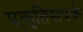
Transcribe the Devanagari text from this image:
प्रकृतिसंपर्क